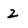
Character: 2